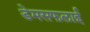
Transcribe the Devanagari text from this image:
डेमसफलाई